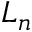
L _ { n }